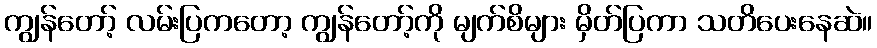
ကျွန်တော့် လမ်းပြကတော့ ကျွန်တော့်ကို မျက်စိများ မှိတ်ပြကာ သတိပေးနေဆဲ။